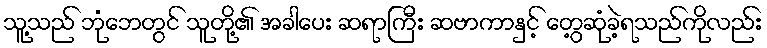
သူ့သည် ဘုံဘေတွင် သူတို့၏ အခါပေး ဆရာကြီး ဆဗာကာနှင့် တွေ့ဆုံခဲ့ရသည်ကိုလည်း